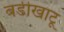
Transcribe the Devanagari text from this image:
बडीखाटू